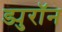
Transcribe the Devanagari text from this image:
ड्युरॉन